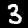
Label: 3